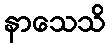
နာသေသိ